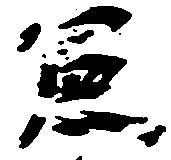
憲